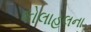
કોલાહલના